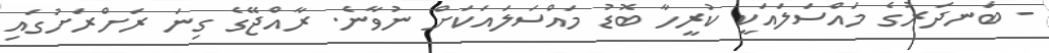
- ބަނދަރުގެ މައްސަލައަކީ ކުރީހާ ބޮޑު މައްސަލައަކަށް ނުވާނެ. ރާއްޖޭގެ ގިނަ ރަށްރަށުގައި